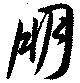
朋